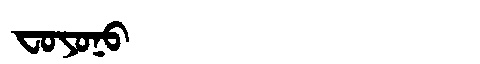
Manchu: ᠸᠣᠶᠣᠨᠣ
Romanization: FOYONO